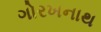
ગોરખનાથ